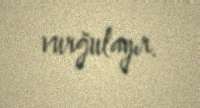
vurğulayır.